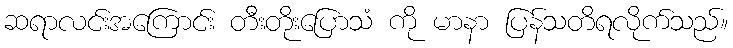
ဆရာလင်းအကြောင်း တီးတိုးပြောသံ ကို မာနာ ပြန်သတိရလိုက်သည်။